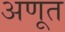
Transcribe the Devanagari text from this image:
अणूत